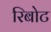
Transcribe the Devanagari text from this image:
रिबोट